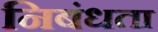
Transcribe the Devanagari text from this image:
निबंधता